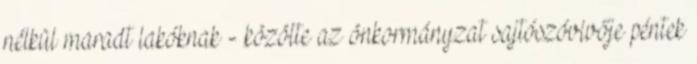
nélkül maradt lakóknak - közölte az önkormányzat sajtószóvivője péntek